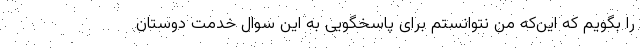
را بگویم که این‌که من نتوانستم برای پاسخگویی به این سوال خدمت دوستان